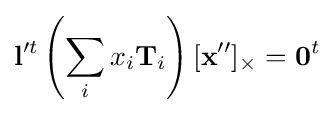
{\mathbf {l} }^{\prime t}\left(\sum _{i}x_{i}{\mathbf {T} }_{i}\right)[{\mathbf {x} }'']_{\times }={\mathbf {0} }^{t}